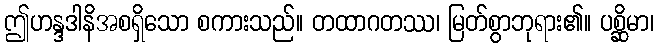
ဤဟန္ဒဒါနိအစရှိသော စကားသည်။ တထာဂတဿ၊ မြတ်စွာဘုရား၏။ ပစ္ဆိမာ၊